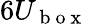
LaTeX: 6U_{\mathrm{~b~o~x~}}